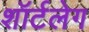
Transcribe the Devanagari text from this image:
शॉर्टलेग